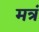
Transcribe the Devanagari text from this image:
मत्रं